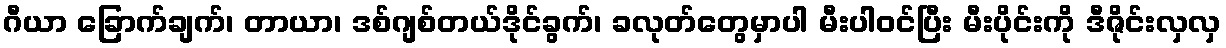
ဂီယာ ခြောက်ချက်၊ တာယာ၊ ဒစ်ဂျစ်တယ်ဒိုင်ခွက်၊ ခလုတ်တွေမှာပါ မီးပါဝင်ပြီး မီးပိုင်းကို ဒီဇိုင်းလှလှ